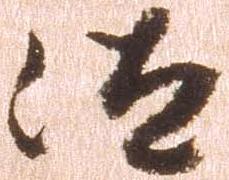
汰